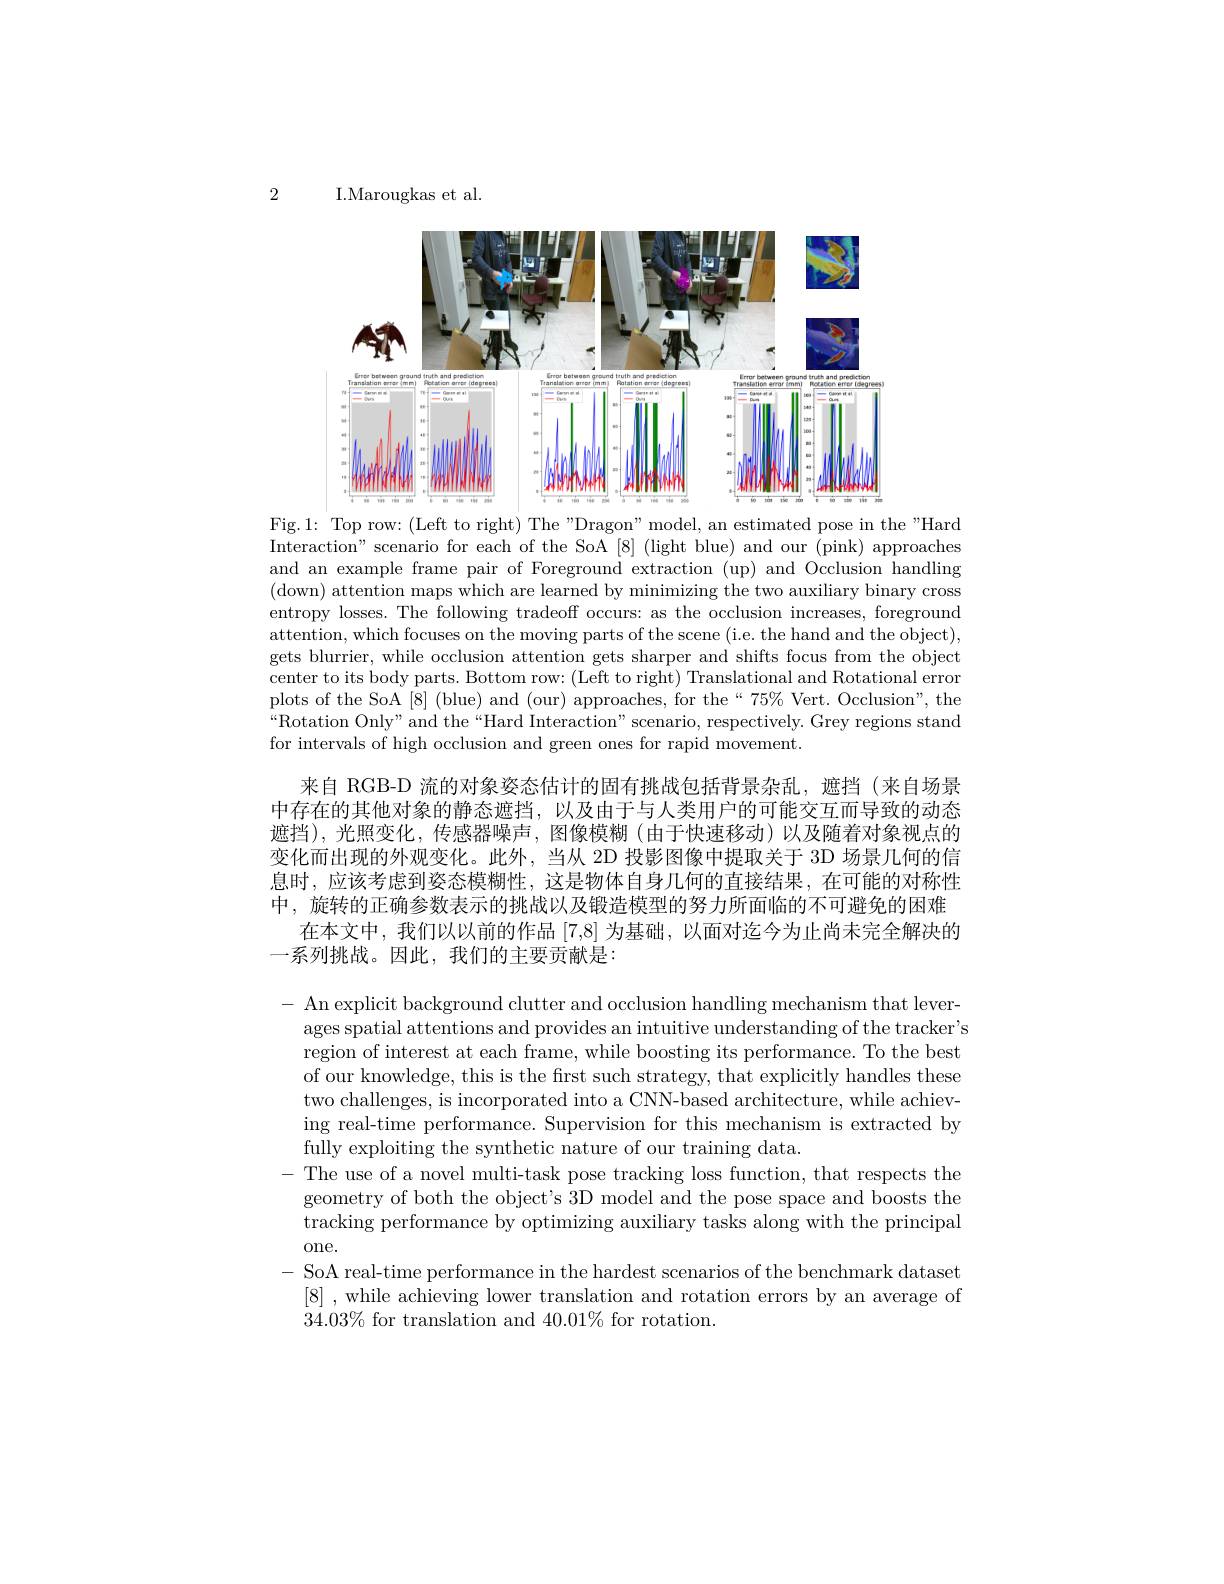
2

I.Marougkas et al

<FigureHere>

Fig.1: Top row: (Left to right) The "Dragon" model, an estimated pose in the "Hard Interaction" scenario for each of the SoA [8] (light blue) and our (pink) approaches and an example frame pair of Foreground extraction (up) and Occlusion handling (down) attention maps which are learned by minimizing the two auxiliary binary cross entropy losses. The following tradeoff occurs: as the occlusion increases, foreground attention, which focuses on the moving parts of the scene (i.e. the hand and the object), gets blurrier, while occlusion attention gets sharper and shifts focus from the object center to its body parts. Bottom row: (Left to right) Translational and Rotational error plots of the SoA [8] (blue) and (our) approaches, for the“75% Vert. Occlusion", the “Rotation Only" and the“Hard Interaction”scenario, respectively. Grey regions stand for intervals of high occlusion and green ones for rapid movement.

来自 RGB-D 流的对象姿态估计的固有挑战包括背景杂乱，遮挡(来自场景中存在的其他对象的静态遮挡，以及由于与人类用户的可能交互而导致的动态遮挡),光照变化，传感器噪声，图像模糊(由于快速移动)以及随着对象视点的变化而出现的外观变化。此外，当从 2D 投影图像中提取关于 3D 场景几何的信息时，应该考虑到姿态模糊性，这是物体自身几何的直接结果，在可能的对称性中，旋转的正确参数表示的挑战以及锻造模型的努力所面临的不可避免的困难
在本文中，我们以以前的作品 [7,8] 为基础，以面对迄今为止尚未完全解决的
一系列挑战。因此，我们的主要贡献是：

- An explicit background clutter and occlusion handling mechanism that lever-
ages spatial attentions and provides an intuitive understanding of the tracker's region of interest at each frame, while boosting its performance. To the best of our knowledge, this is the first such strategy, that explicitly handles these two challenges, is incorporated into a CNN-based architecture, while achieving real-time performance. Supervision for this mechanism is extracted by fully exploiting the synthetic nature of our training data.
- The use of a novel multi-task pose tracking loss function, that respects the
geometry of both the object's 3D model and the pose space and boosts the tracking performance by optimizing auxiliary tasks along with the principal one.
- SoA real-time performance in the hardest scenarios of the benchmark dataset
[8] ,while achieving lower translation and rotation errors by an average of
$34.03\%$ for translation and $40.01\%$ for rotation.